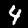
Label: 4